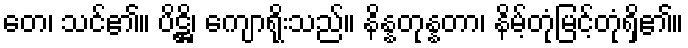
တေ၊ သင်၏။ ပိဋ္ဌိ၊ ကျောရိုးသည်။ နိန္နတုန္နတာ၊ နိမ့်တုံမြင့်တုံရှိ၏။